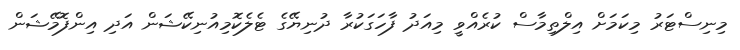
މިނިސްޓަރު މިކަމަށް އިލްތިމާސް ކުރެއްވީ މިއަދު ފާހަގަކުރާ ދުނިޔޭގެ ޓެލެކޮމިއުނިކޭޝަން އަދި އިންފޮމޭޝަން